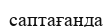
саптағанда